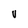
Character: V